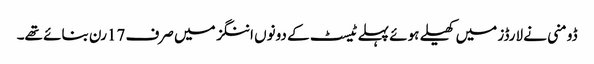
ڈومنی نے لارڈز میں کھیلے ہوئے پہلے ٹیسٹ کے دونوں اننگز میں صرف 17رن بنائے تھے۔